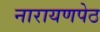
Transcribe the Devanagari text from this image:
नारायणपेठ